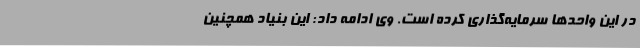
در این واحدها سرمایه‌گذاری کرده است. وی ادامه داد: این بنیاد همچنین